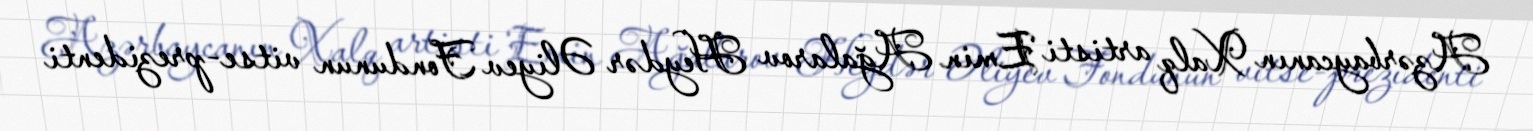
Azərbaycanın Xalq artisti Emin Ağalarov Heydər Əliyev Fondunun vitse-prezidenti